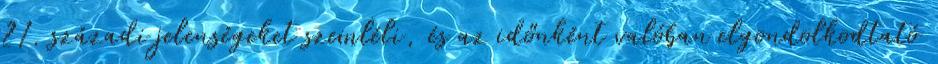
21. századi jelenségeket szemléli, és az időnként valóban elgondolkodtató